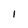
Character: 1